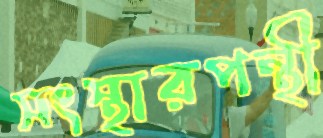
সংস্থারপন্থী